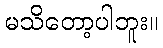
မသိတော့ပါဘူး။